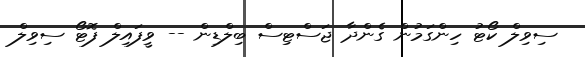
ސިވިލް ކޯޓު ހިންގަމުން ގެންދާ ޖަސްޓިސް ބިލްޑިން -- ވީފައިލް ފޮޓޯ ސިވިލް